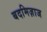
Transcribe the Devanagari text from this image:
बदमिज़ाज